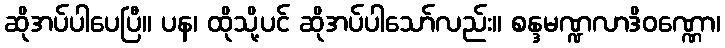
ဆိုအပ်ပါပေပြီ။ ပန၊ ထိုသို့ပင် ဆိုအပ်ပါသော်လည်း။ စန္ဒမဏ္ဍလာဒိဝဏ္ဏော၊